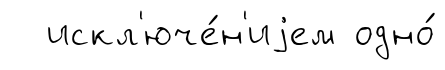
искл'юче́н'иjем одно́